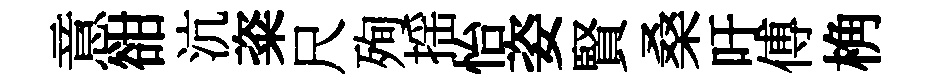
意𧮳沆粢尺殉揺怡姿賢桑吁傅桷